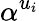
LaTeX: \alpha^{u_{i}}